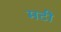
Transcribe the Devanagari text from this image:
मटी